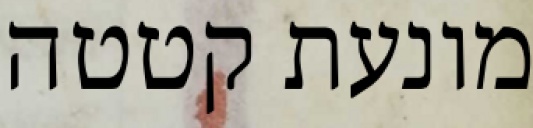
מונעת קטטה